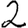
Digit: 2